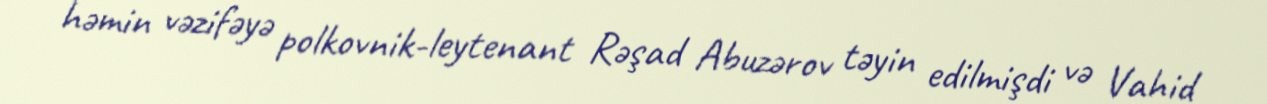
həmin vəzifəyə polkovnik-leytenant Rəşad Abuzərov təyin edilmişdi və Vahid